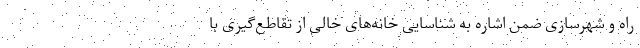
راه و شهرسازی ضمن اشاره به شناسایی خانه‌های خالی از تقاطع‌گیری با